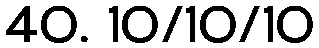
40. 10/10/10